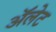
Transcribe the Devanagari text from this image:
ॲलेट